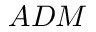
A D M